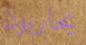
يحاربون